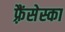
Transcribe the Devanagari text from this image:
फ़्रैंसेस्का